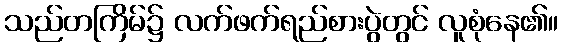
သည်တကြိမ်၌ လက်ဖက်ရည်စားပွဲတွင် လူစုံနေ၏။